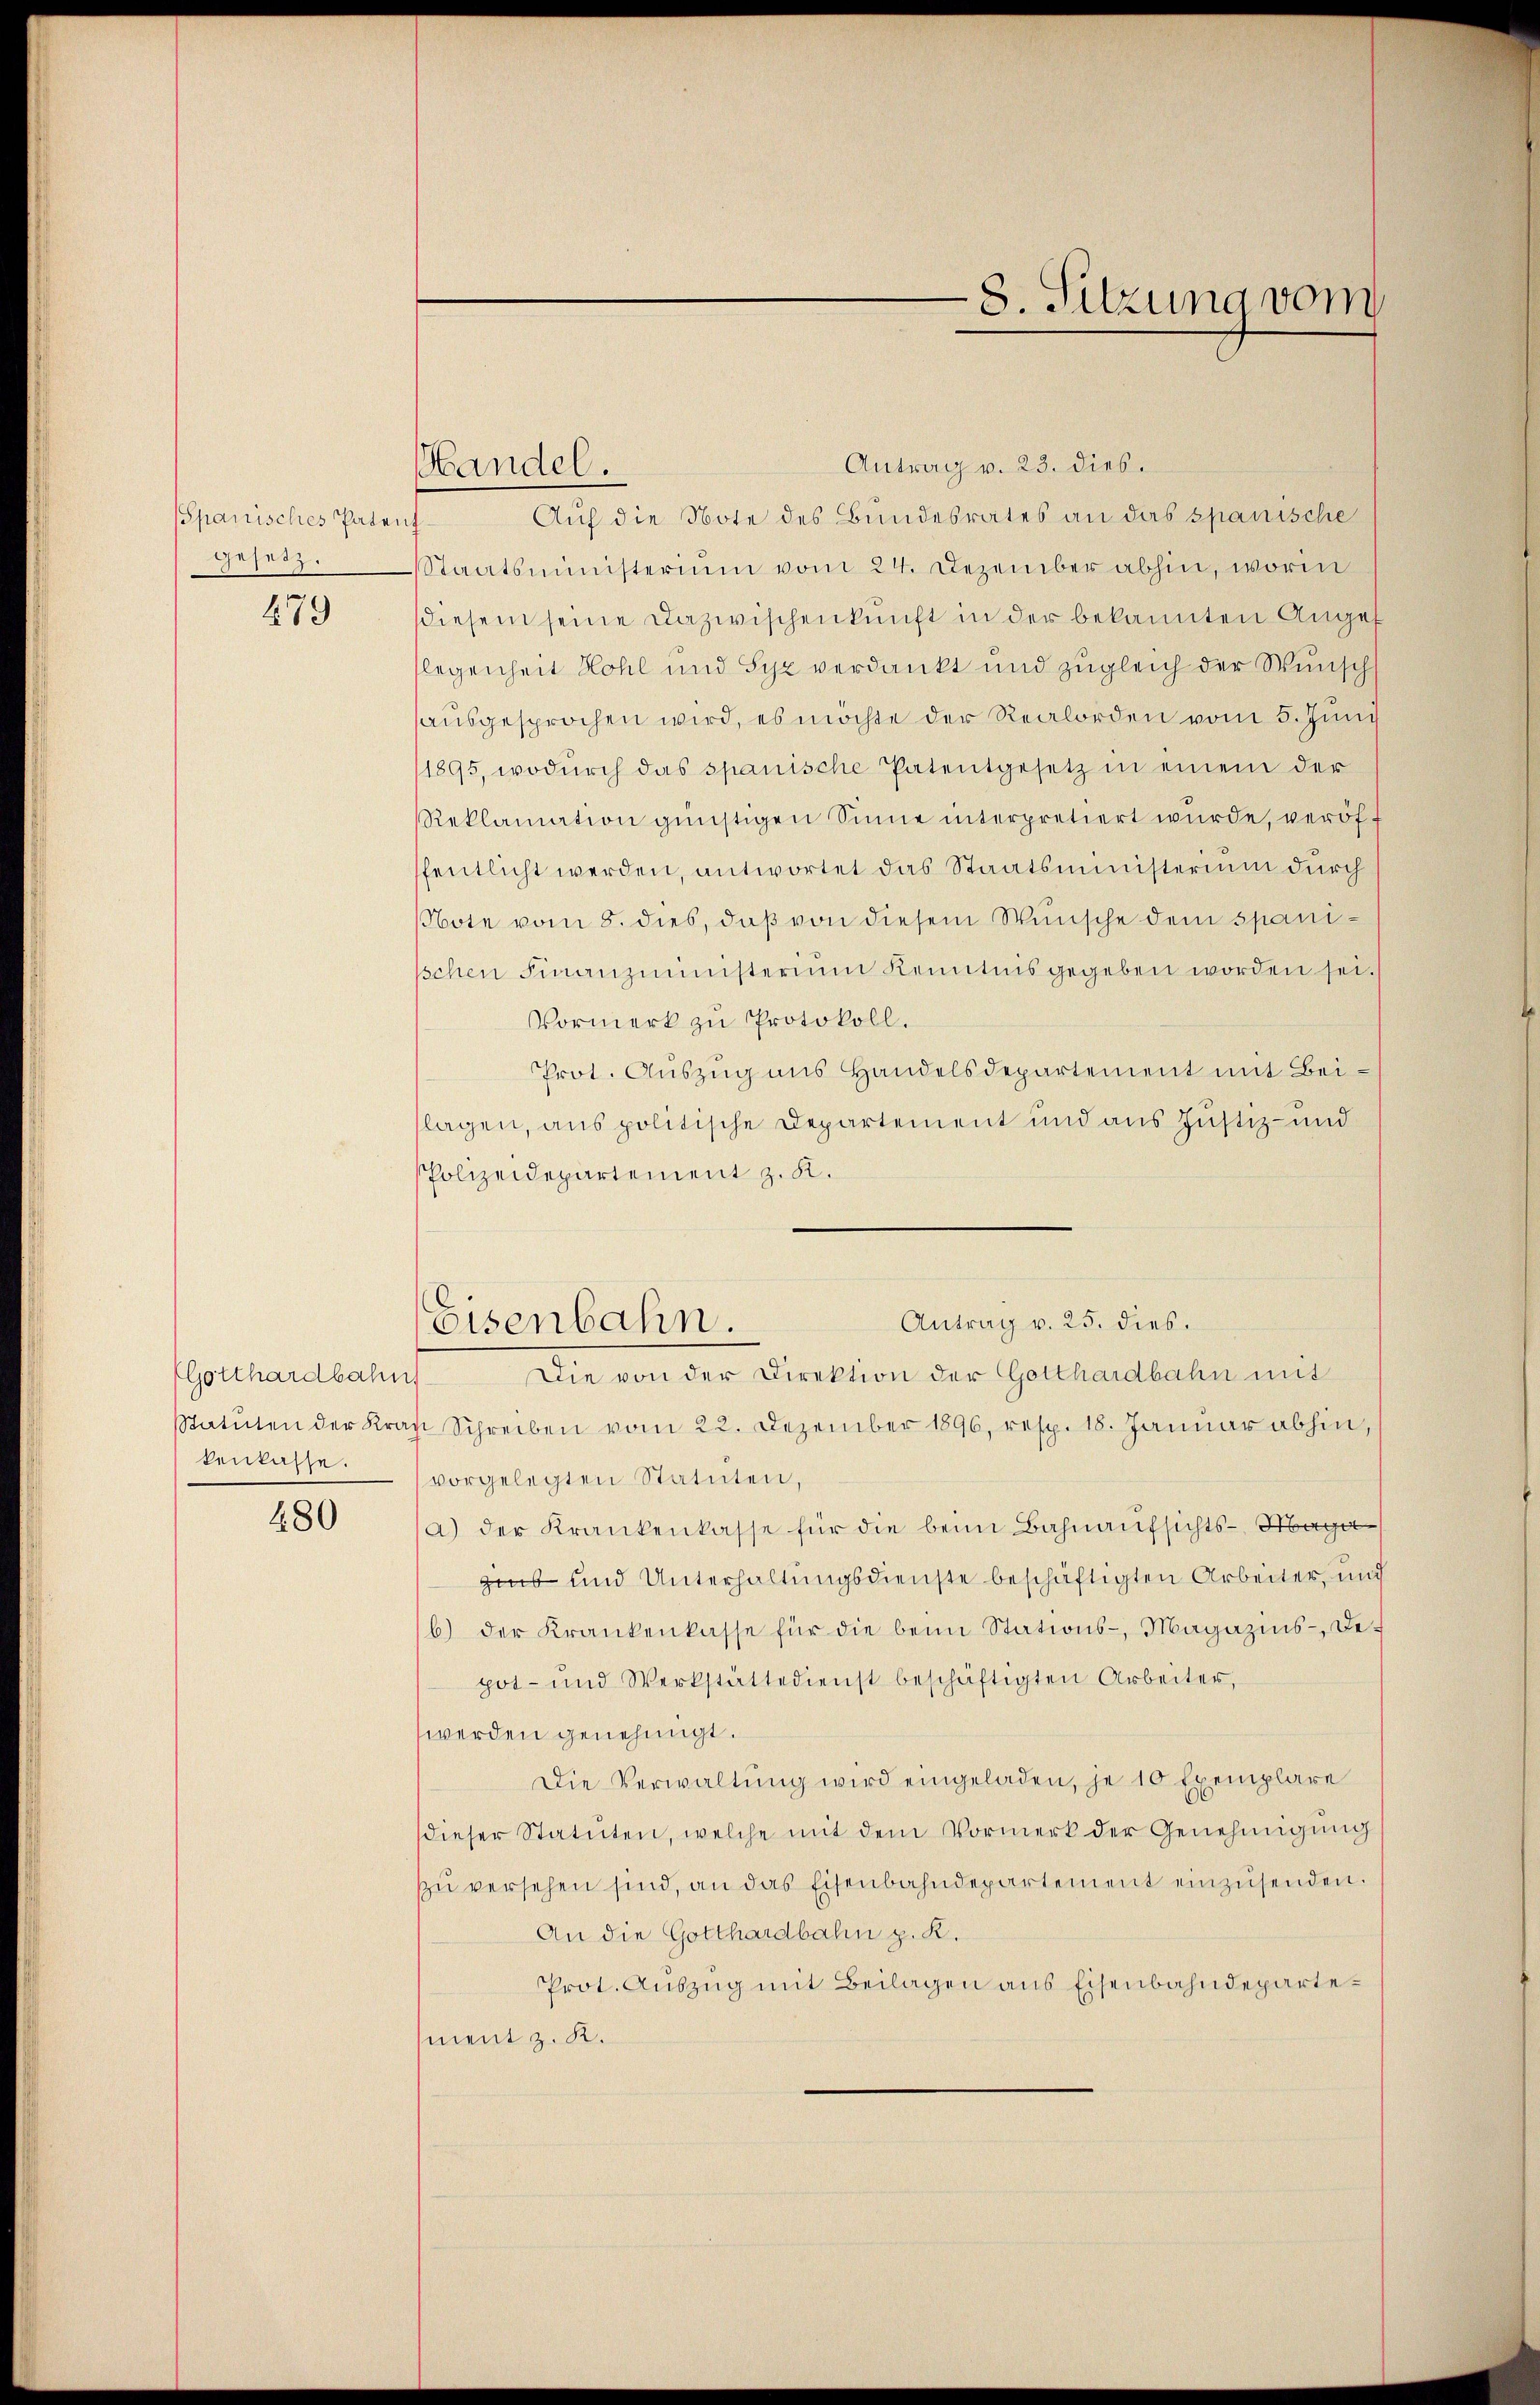
spanisches Pater
gesetz.

479

(Gotthardbahn
benlasse.

480

Antrag v. 23. dies.
Auf die Note des Bundesrates an das spanische
f
Staatsministerium vom 24. Dezember abhin, worin
diesem seine Dazwischenkunft in der bekannten Angef
flegenheit Kohl und Syz verdankt und zugleich der Wunsch
ausgesprochen wird, es möchte der Realorden vom 5. Juni
1895, wodŭrch das spanische Patentgesetz in einem der
Reklamation günstigen Sinne interpretiert wurde, veröfffentlicht werden, antwortet das Staatsministerium durch
Note vom 8. dies, daß von diesem Wunsche dem spaniischen Finanzministerium kenntnis gegeben worden sei.
Vormerk zu Protokoll.
Prot. Auszug ans Handelsdepartement mit Beiflagen, aus politische Departement und aus Justiz- und
Polizeidepartement z. K.
Die von der Direktion der Gotthardbahn mit
Statuten der Krau Schreiben vom 22. Dezember 1896, resp. 18. Janŭar abhin,
vorgelegten Statuten,
a) der Krankenkasse für die beim Bahnaufsichts-Maga
gint und Unterhaltungsdienste beschäftigten Arbeiter, und
b) der Krankenkasse für die beim Stations-, Magazins-Depot- und Werkstättedienst beschäftigten Arbeiter,
werden genehmigt.
Die Verwaltung wird eingeladen, je 10 Exemplare
dieser Statuten, welche mit dem Vormerk der Genehmigŭng
zu versehen sind, an das Eisenbahndepartement einzusenden.
An die Gotthardbahn p. K.
Prot. Auszug mit Beilagen aus Eisenbahndepartement z. K.

Handel.

8. Sitzung vom

Antrag v. 25. dies.
Eisenbahn.